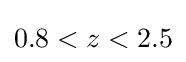
0.8<z<2.5